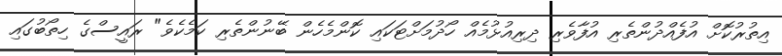
އިތުރުކޮށް އުފެއްދުންތެރި އުފާވެރި ދިރިއުޅުމެއް ހޯދުމަށްޓަކައި ކޮންމެހެން ބޭނުންތެރި ކަމެކެވެ" ރައީސްގެ ހިތޯބުގައި